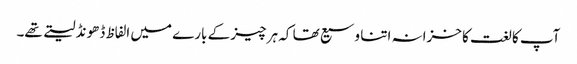
آپ کا لغت کا خزانہ اتنا وسیع تھا کہ ہر چیز کے بارے میں الفاظ ڈھونڈ لیتے تھے۔